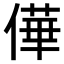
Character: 𠎑